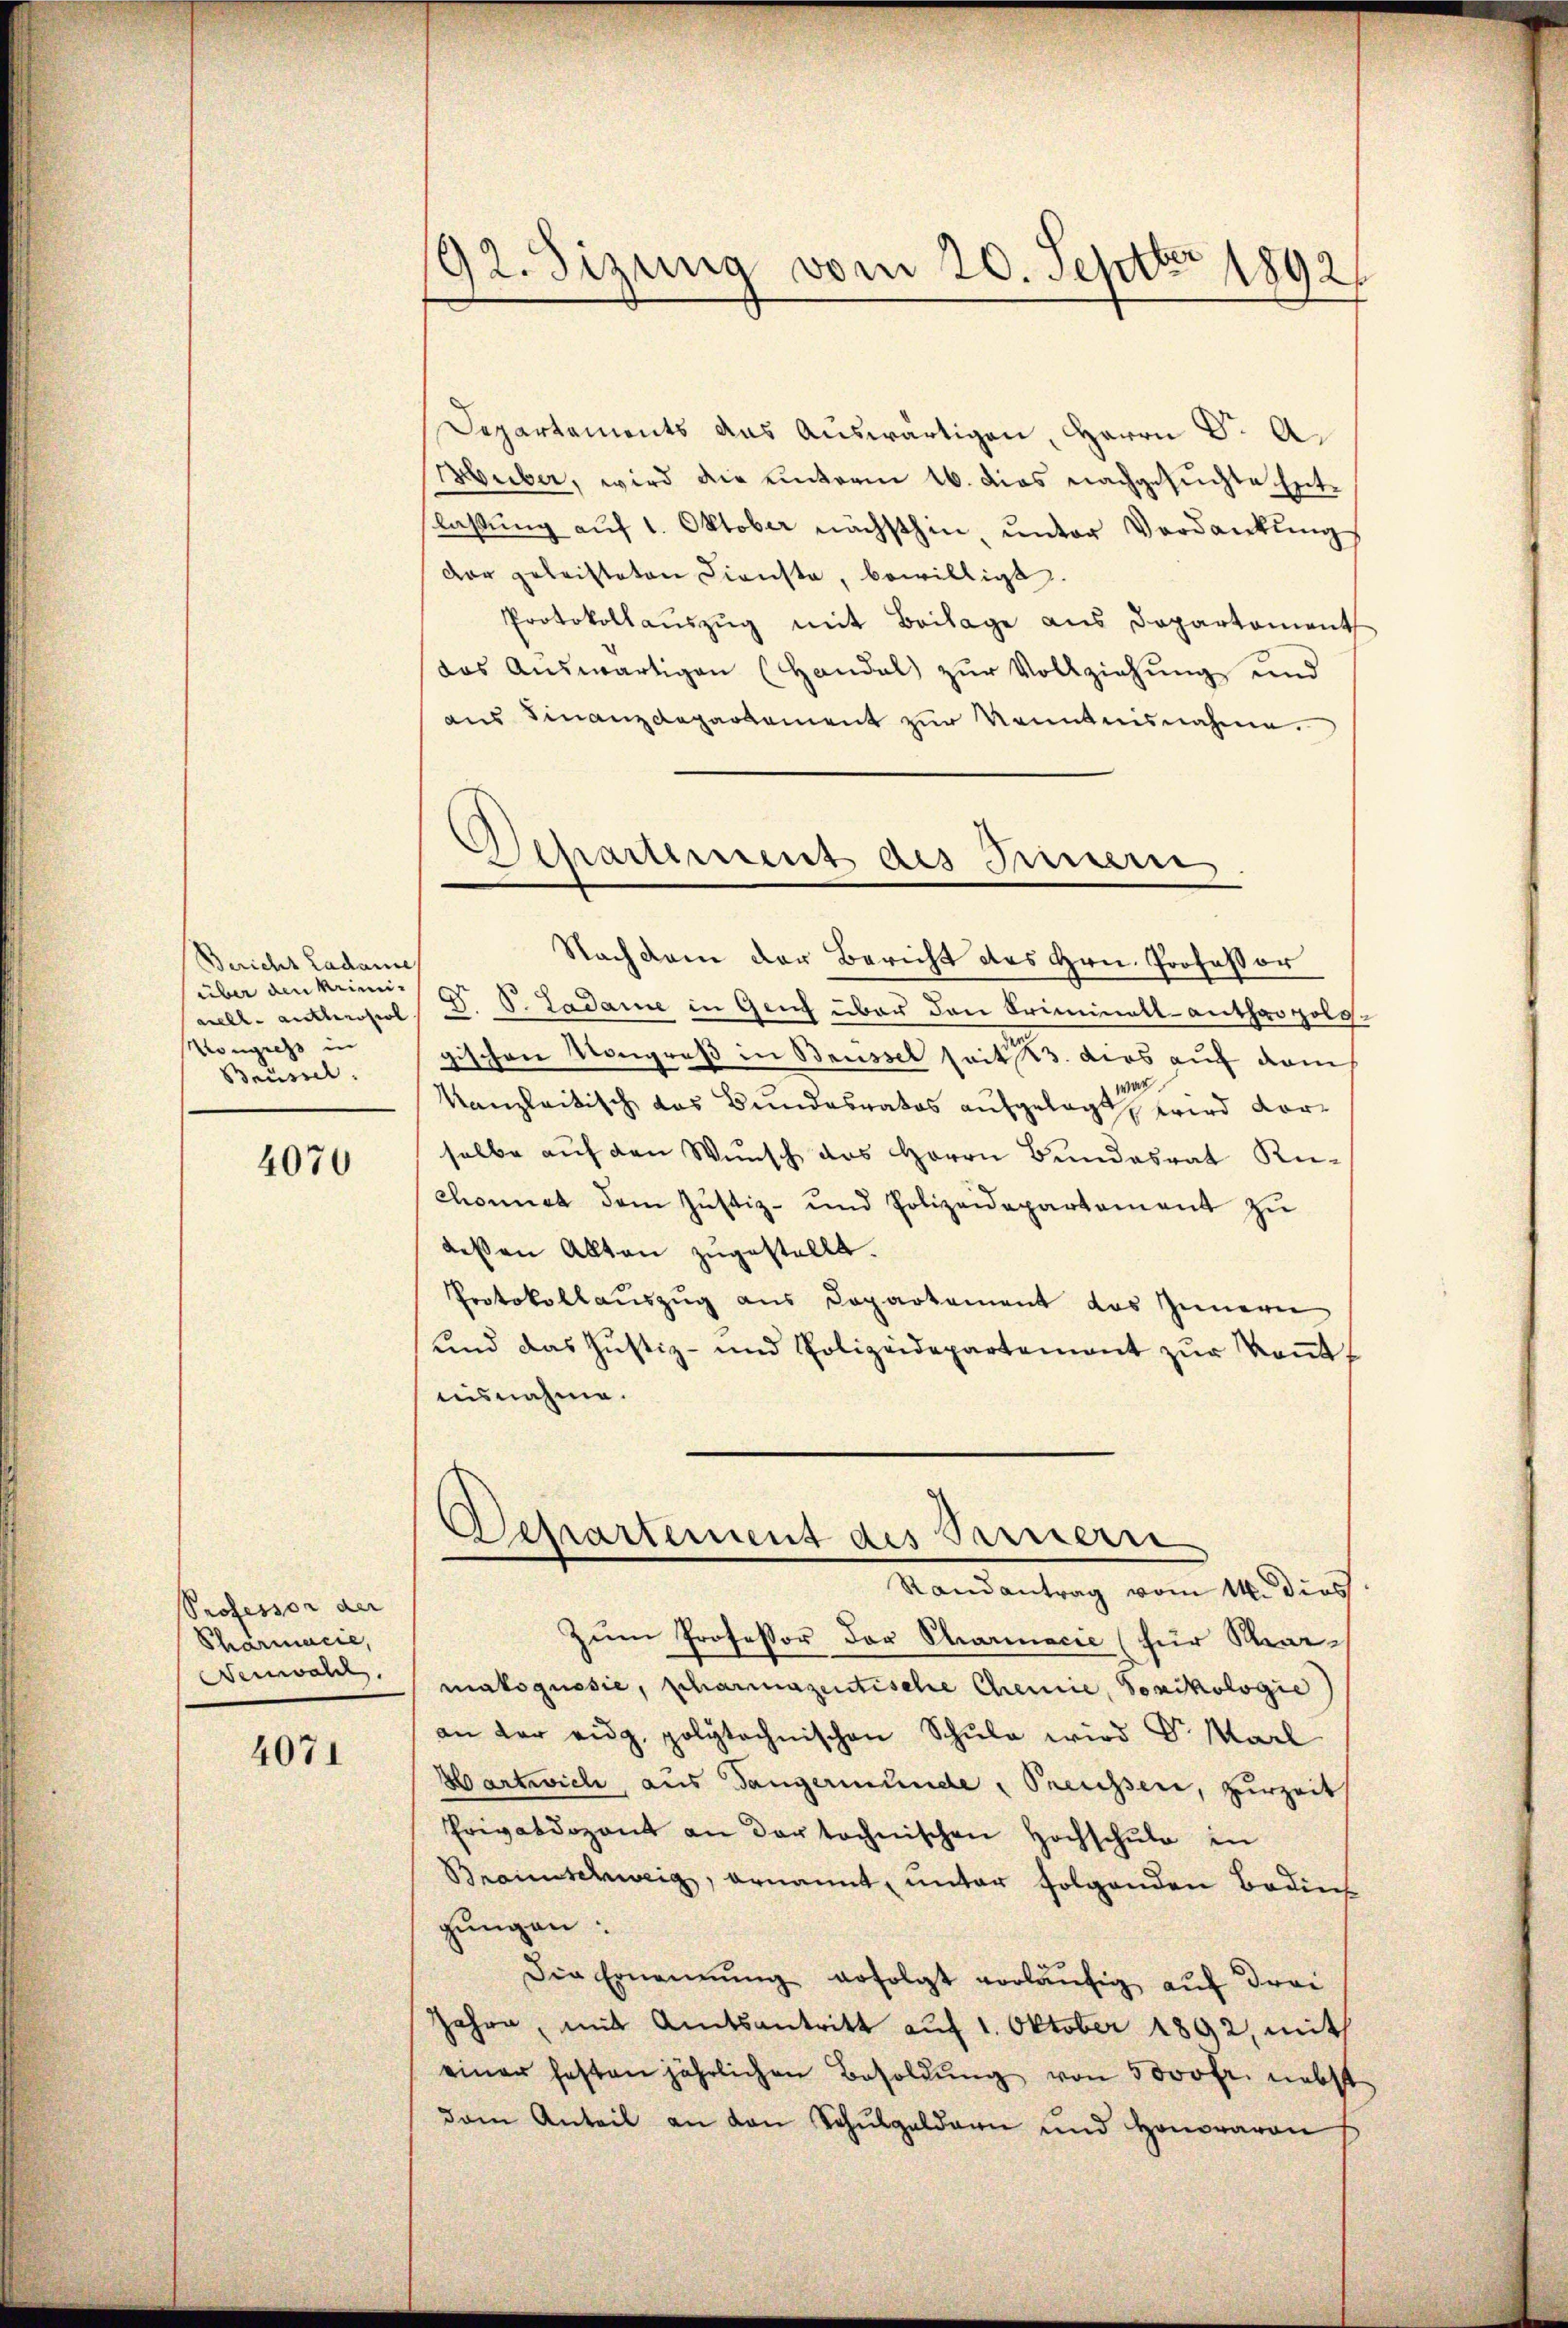
Bericht Ladame
über den krimi¬
Kongress in
Brüssel.

4070

Professor der
Pharmacie,
Neuwahl.

4071

Departements das Auswärtigen, Herrn Dr. A.
Huber, wird die einterm 16. dies nachgesuchte Entlassung auf 1. Oktober nächsthin, unter Verdankung
dar geleisteten Dienste, bewilligt.
Protokollaŭszŭg mit Beilage aus Departement
das Auswärtigen (Handal zur Vollziehung und
aus Finanzdepartement zur Kenntnisnahme.

92. Sizung vom 20. Septbr 1892

Departement des Sinnern

Nachdem der Bericht des Hrn. Professor
arelle authenopol D. S. Ladame in Geiz über den Criminall-anthropolggischen Kongroß in Beussel seit 23. dies auf danch
Kanzleitisch das Bundesrates aufgelegt wird vorselbe aŭf den Wŭnsch das Herrn Bŭndesrat Küchonnet dem Justiz- und Polizeidepartement zu
dessen Allten zugestellt.
Protokollauszug aus Departement das Innern
ŭnd das Justiz- und Polizeidepartement zŭr Keṅt-
nisnahme.
Zum Professor der Charinacie (für Marmakoguesie, pharmazentische Chemie, Soziologie
an der eidg. polytechnischen Schŭle wird Dr. Marl
Wartwich, aus Gangermunde Preusser, Herzeit
Privatdozent an der technischen Hochschule in
Braunschweig, ernannt, unter folgenden Bedin
gungen:
Die Ernennung erfolgt vorläŭfig auf drei
Jahre, mit Amtsantritt auf 1. Oktober 1892, mit
einer festen jährlichen Besoldŭng von 5000 Fr. nebst
dam Anteil an den Schŭlgeldern und Honoraron

Departement des Sarnern
Randantrag vom 14. dies